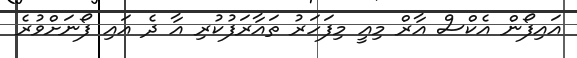
އައިފޯން އެކްސް އާރް މިއީ މިފަހަރު ތައާރަފުކުރި އާ ދެ އައި ފޯނަށްވުރެ